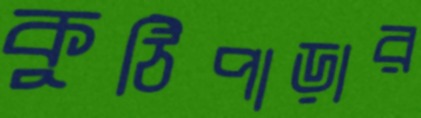
কুঠিপাড়ার